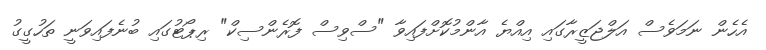
އެހެން ނަމަވެސް އަލްޖަޒީރާގައި އިއްޔެ އާންމުކޮށްފައިވާ "ސްވިސް ފޮރެންސިކް" ރިޕޯޓުގައި ބުނެފައިވަނީ ތަހުގީގު